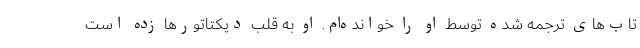
تاب‌های ترجمه شده توسط او را خوانده‌ام. او به قلب دیکتاتورها زده است